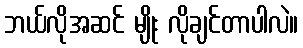
ဘယ်လိုအဆင် မျိုး လိုချင်တာပါလဲ။